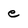
Character: e